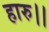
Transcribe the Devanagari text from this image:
हारु।।